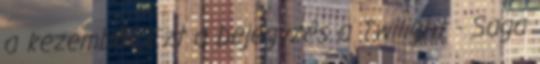
a kezemből. Ezt a bejegyzés a Twilight - Saga